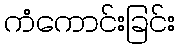
ကံကောင်းခြင်း